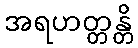
အရဟတ္တန္တိ